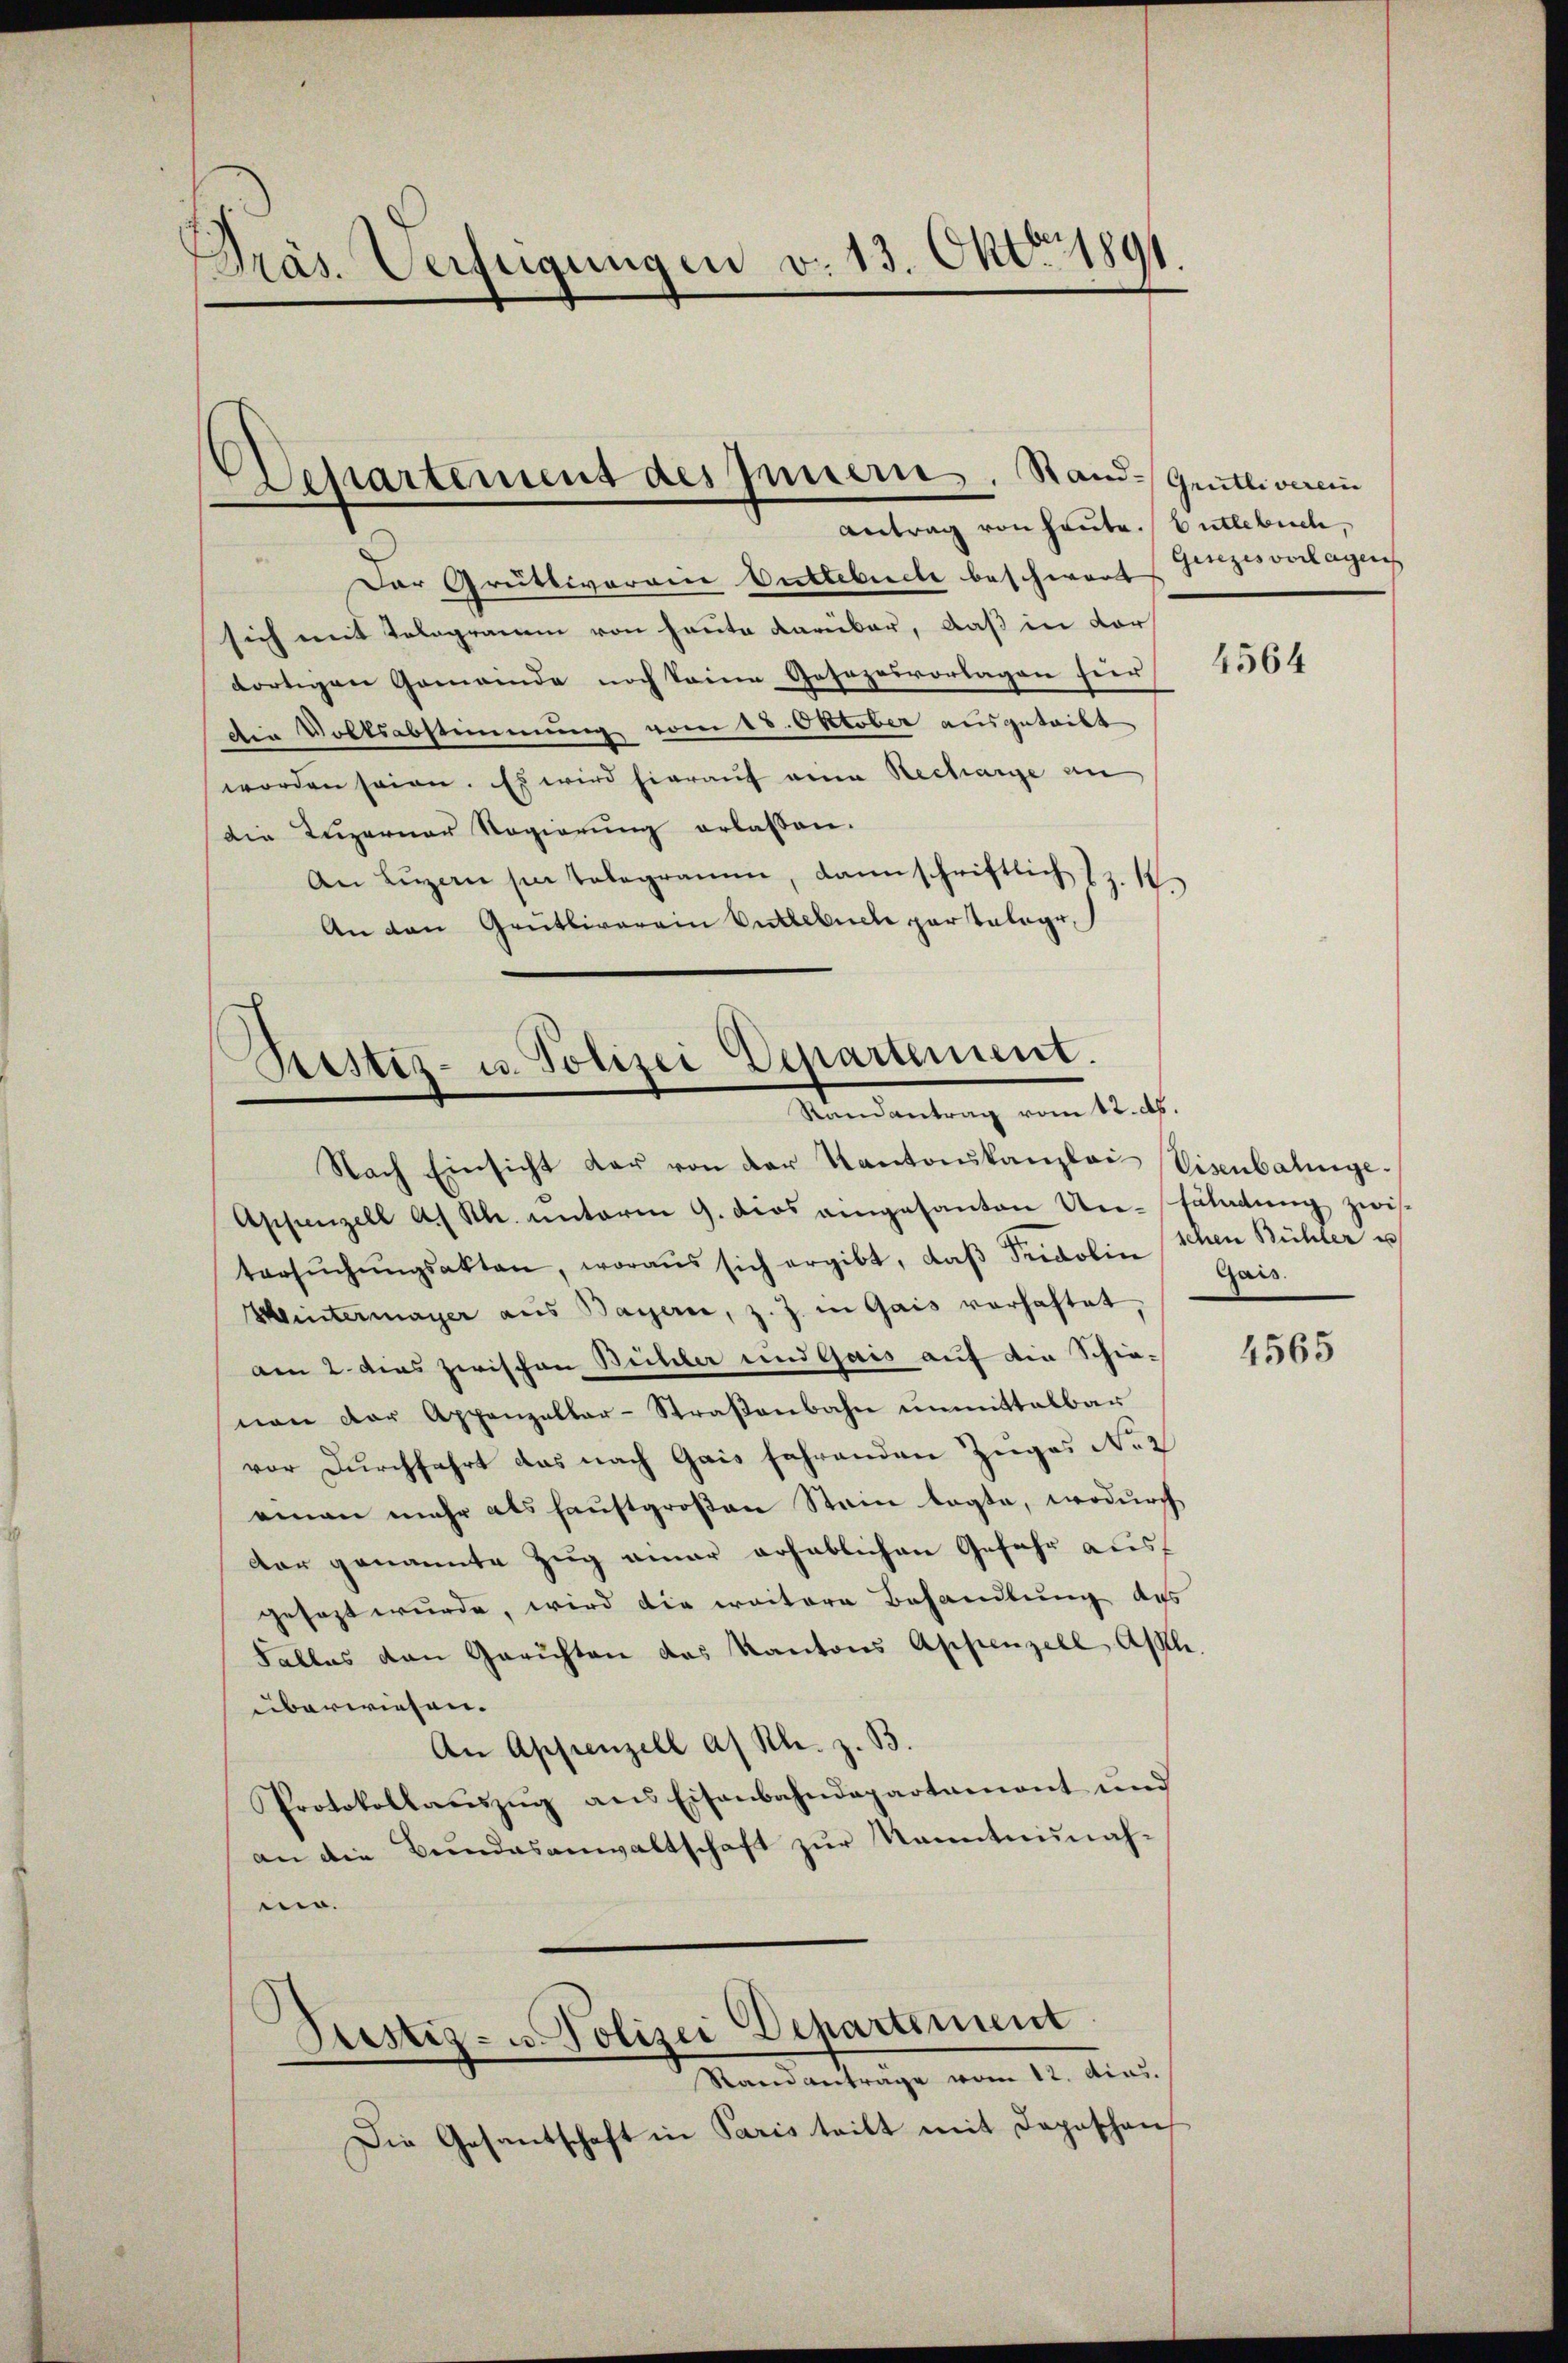
Präs. Verfügungen v. 13. Okt. 1891

A

Der Grütliverain Gutlebuche beschwert
sich mit Telegramm von heute darüber, daß in der
dortigen Gemeinde noch keine Gesezesvorlagen für 1564
die Volksabstimmung vom 18. Oktober ausgetribt
worden seien. Es wird hierauf eine Recharge an
die Luzerner Regierŭng erlassen.
An Lŭzern sie telegramm, dann schriftlich z. K.
An den Grütliverein Entlebuche par telegr.

partement des Innern, Stand-Grütliverein
Antrag von heute. Entlebuch,

Pristiz- u. Polizei Departement.
Randantrag vom 12. d.

Nach Einsicht der von der Kantonskanzlei Eisenbalinge.
Appenzell A. St. unterm 9. dies angesanton Ure-Enladŭng zwis
tersŭchŭngsakten, woraŭs sich ergibt, daβ Fridolin schen Bühler u
Hintermayer aus Bayern, z. Z. in Gais vorhaftet,
am 2. dies zwischen Bühler und Gais auf die Schienen der Appenzellar-Straßenbahn unmittelbar
vor Durchfahrt das nach Gais fahrenden Zuges No 2
eman mehr als Haustgroßen Stein legte, wodurch
der genannte Zug amar erheblichen Gefahr ausf
gesezt wurde, wird die weitere Behandlung des
Falles den Gerichten das Kantons Appenzell Asl.
überwiesen.
An Appenzell a/ Kl. z. B.
Protokollaŭszŭg ans Eisenbahndepartament und
an die Bundesanwaltschaft zŭr Kenntnunah-
.
)
Justiz- u. Polizei Departement
Stain anträge vom 12. Mias.
Die Gesantschaft in Paris teilt mit Depeschen

Gisezesvorlagen

Gais.

4565